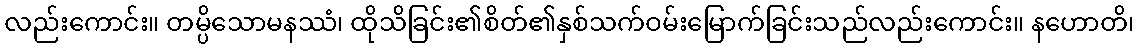
လည်းကောင်း။ တမ္ပိသောမနဿံ၊ ထိုသိခြင်း၏စိတ်၏နှစ်သက်ဝမ်းမြောက်ခြင်းသည်လည်းကောင်း။ နဟောတိ၊